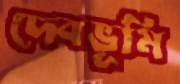
দেবভূমি